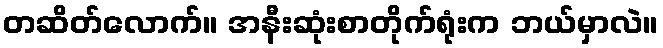
တဆိတ်လောက်။ အနီးဆုံးစာတိုက်ရုံးက ဘယ်မှာလဲ။